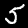
Label: 5